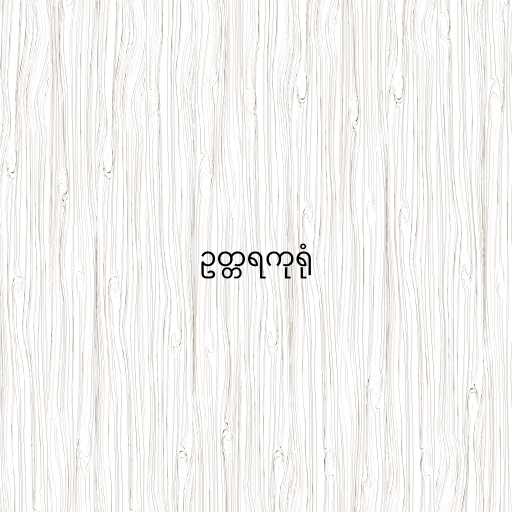
ဥတ္တရကုရုံ